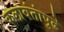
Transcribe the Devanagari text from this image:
कलावंतांपुढे